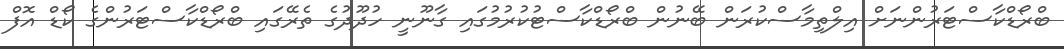
ބްރޯޑްކާސްޓަރުންނަށް އިލްތިމާސްކުރަން ބޭނުން ބްރޯޑްކާސްޓުކުރުމުގައި ގާނޫނީ ހުދޫދުގެ ތެރޭގައި ބްރޯޑްކާސްޓަރުންގެ ކޯޑް އޮފް